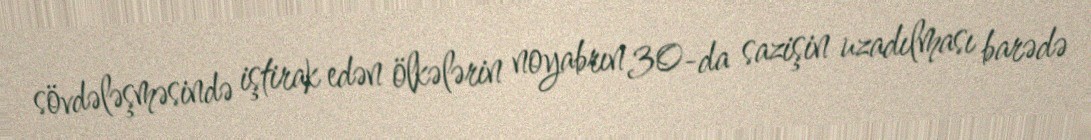
sövdələşməsində iştirak edən ölkələrin noyabrın 30-da sazişin uzadılması barədə